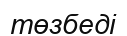
төзбеді